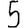
Digit: 5